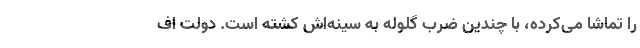
را تماشا می‌کرده، با چندین ضرب گلوله به سینه‌اش کشته است. دولت اف